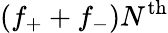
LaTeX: (f_{+}+f_{-})N^{\mathrm{th}}